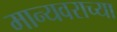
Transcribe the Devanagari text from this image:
मान्यवराच्या